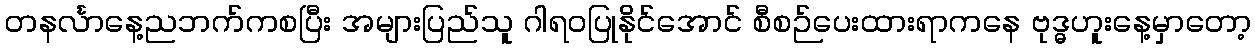
တနင်္လာနေ့ညဘက်ကစပြီး အများပြည်သူ ဂါရဝပြုနိုင်အောင် စီစဉ်ပေးထားရာကနေ ဗုဒ္ဓဟူးနေ့မှာတော့